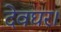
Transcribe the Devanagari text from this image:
देवघर।